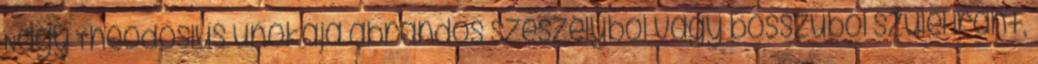
Nagy Theodosius unokája ábrándos szeszélyből vagy bosszúból szülei iránt,